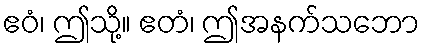
ဧဝံ၊ ဤသို့။ ဧတံ၊ ဤအနက်သဘော